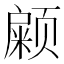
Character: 𱂹